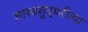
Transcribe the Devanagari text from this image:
शास्त्रशुद्धरीत्या